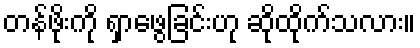
တန်ဖိုးကို ရှာဖွေခြင်းဟု ဆိုထိုက်သလား။